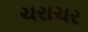
ચરાચર